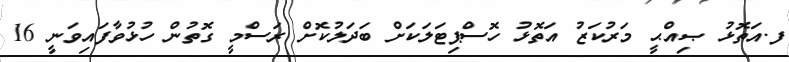
ފ.އަތޮޅު ޞިއްޙީ މަރުކަޒު އަތޮޅު ހޮސްޕިޓަލަކަށް ބަދަލުކޮށް ރަސްމީ ގޮތުން ހުޅުވާފައިވަނީ 16